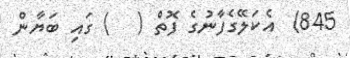
845)  އެކަލޭގެފާނުގެ ފޮތް (   ) ގައި ބަޔާން